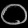
Digit: ၀